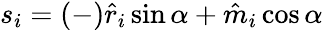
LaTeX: s_{i}=(-)\hat{r}_{i}\sin\alpha+\hat{m}_{i}\cos\alpha